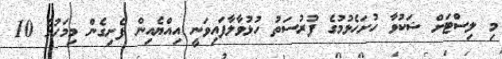
މި ލިސްޓަށް ޝަކުވާ ހުށަހެޅުމުގެ ފުރުސަތު ހުޅުވާލާފައިވަނީ އިއްޔެއިން ފެށިގެން މިމަހުގެ 10